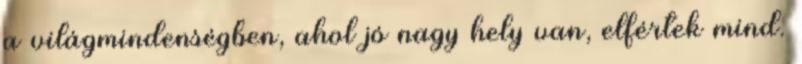
a világmindenségben, ahol jó nagy hely van, elfértek mind.